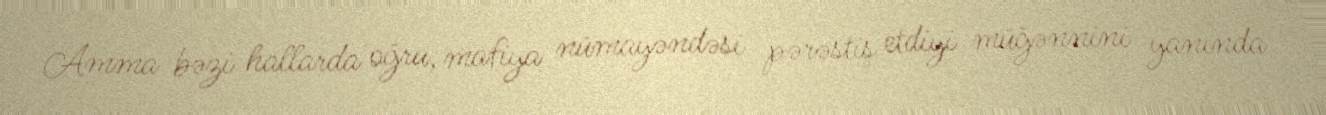
Amma bəzi hallarda oğru, mafiya nümayəndəsi pərəstiş etdiyi müğənnini yanında